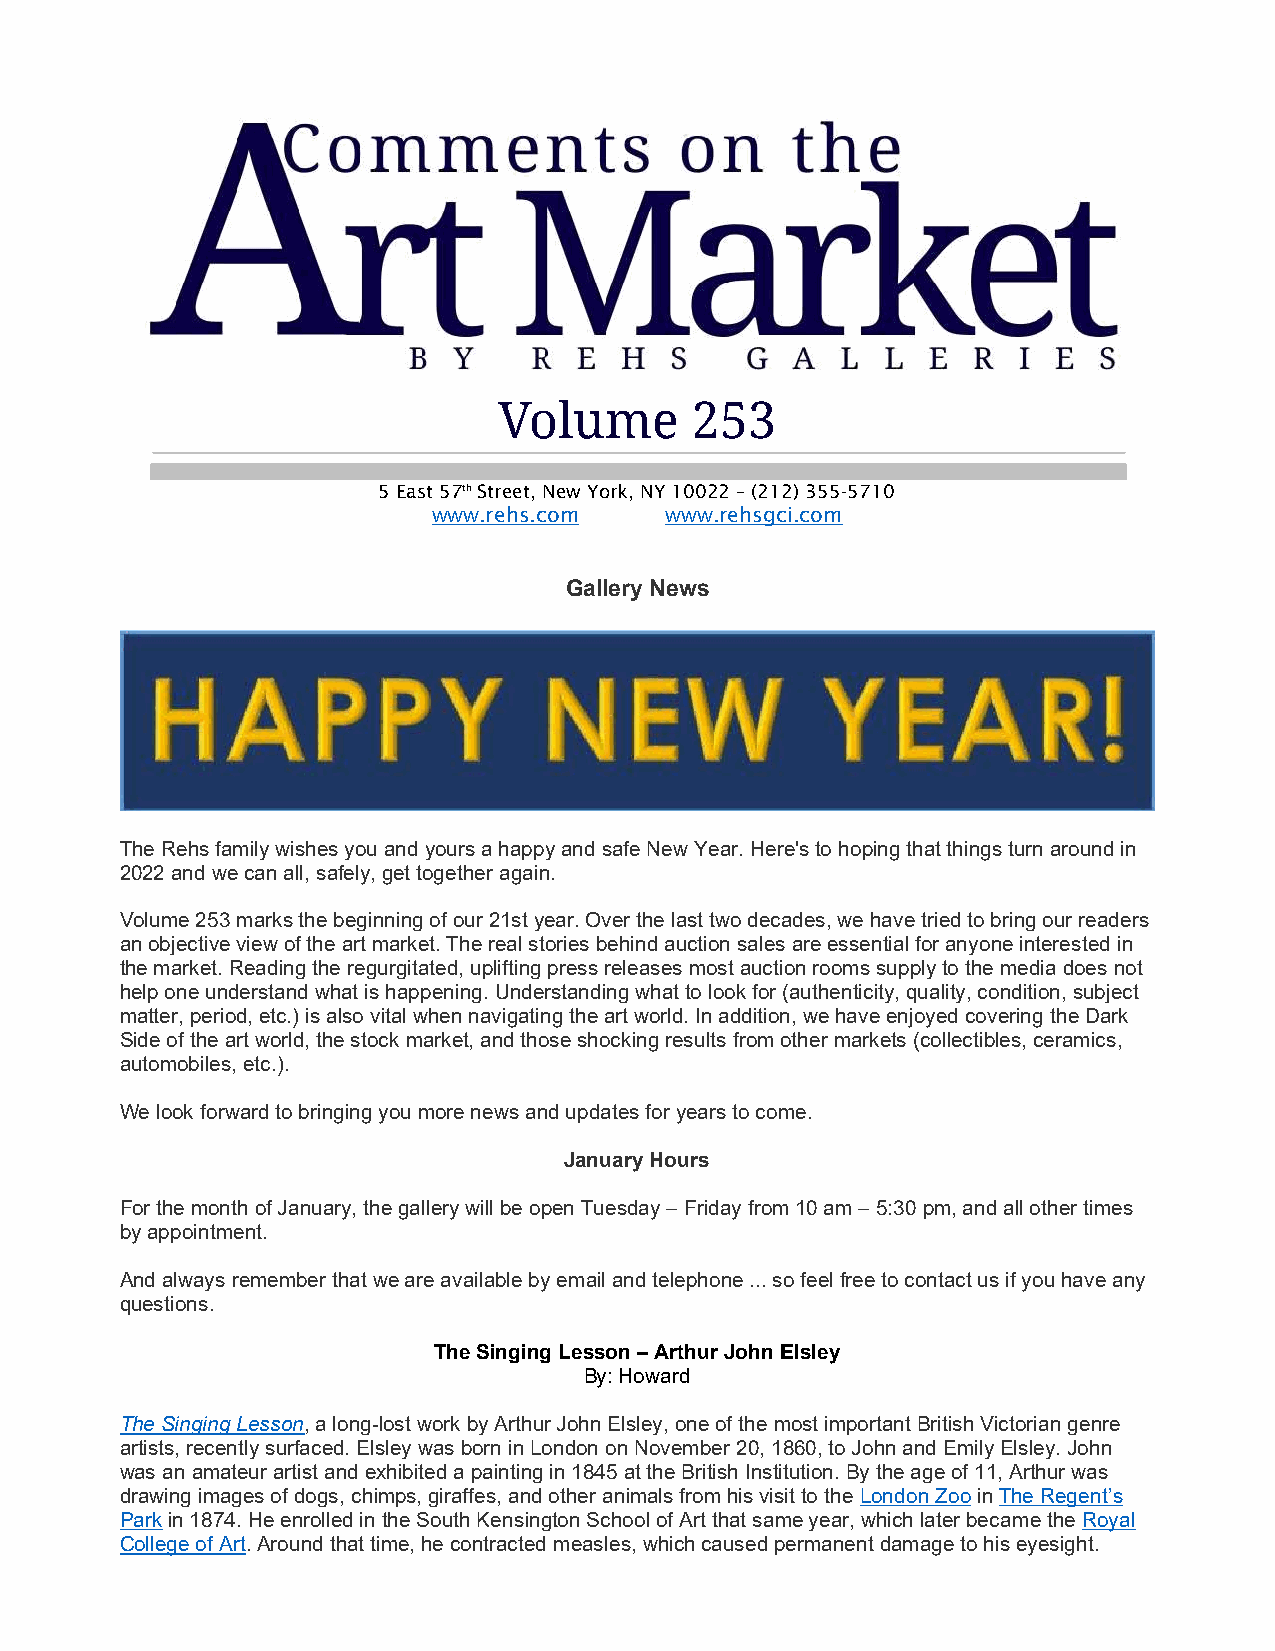
Volume       253
 5 East 57th Street, New York, NY 10022 – (212) 355-5710
 www.rehs.com   www.rehsgci.com
 Gallery News
 The Rehs family wishes you and yours a happy and safe New Year. Here's to hoping that things turn around in
 2022 and we can all, safely, get together again.
 Volume 253 marks the beginning of our 21st year. Over the last two decades, we have tried to bring our readers
 an objective view of the art market. The real stories behind auction sales are essential for anyone interested in
 the market. Reading the regurgitated, uplifting press releases most auction rooms supply to the media does not
 help one understand what is happening. Understanding what to look for (authenticity, quality, condition, subject
 matter, period, etc.) is also vital when navigating the art world. In addition, we have enjoyed covering the Dark
 Side of the art world, the stock market, and those shocking results from other markets (collectibles, ceramics,
 automobiles, etc.).
 We look forward to bringing you more news and updates for years to come.
 January Hours
 For the month of January, the gallery will be open Tuesday – Friday from 10 am – 5:30 pm, and all other times
 by appointment.
 And always remember that we are available by email and telephone ... so feel free to contact us if you have any
 questions.
 The Singing Lesson – Arthur John Elsley
 By: Howard
 The Singing Lesson, a long-lost work by Arthur John Elsley, one of the most important British Victorian genre
 artists, recently surfaced. Elsley was born in London on November 20, 1860, to John and Emily Elsley. John
 was an amateur artist and exhibited a painting in 1845 at the British Institution. By the age of 11, Arthur was
 drawing images of dogs, chimps, giraffes, and other animals from his visit to the London Zoo in The Regent’s
 Park in 1874. He enrolled in the South Kensington School of Art that same year, which later became the Royal
 College of Art. Around that time, he contracted measles, which caused permanent damage to his eyesight.